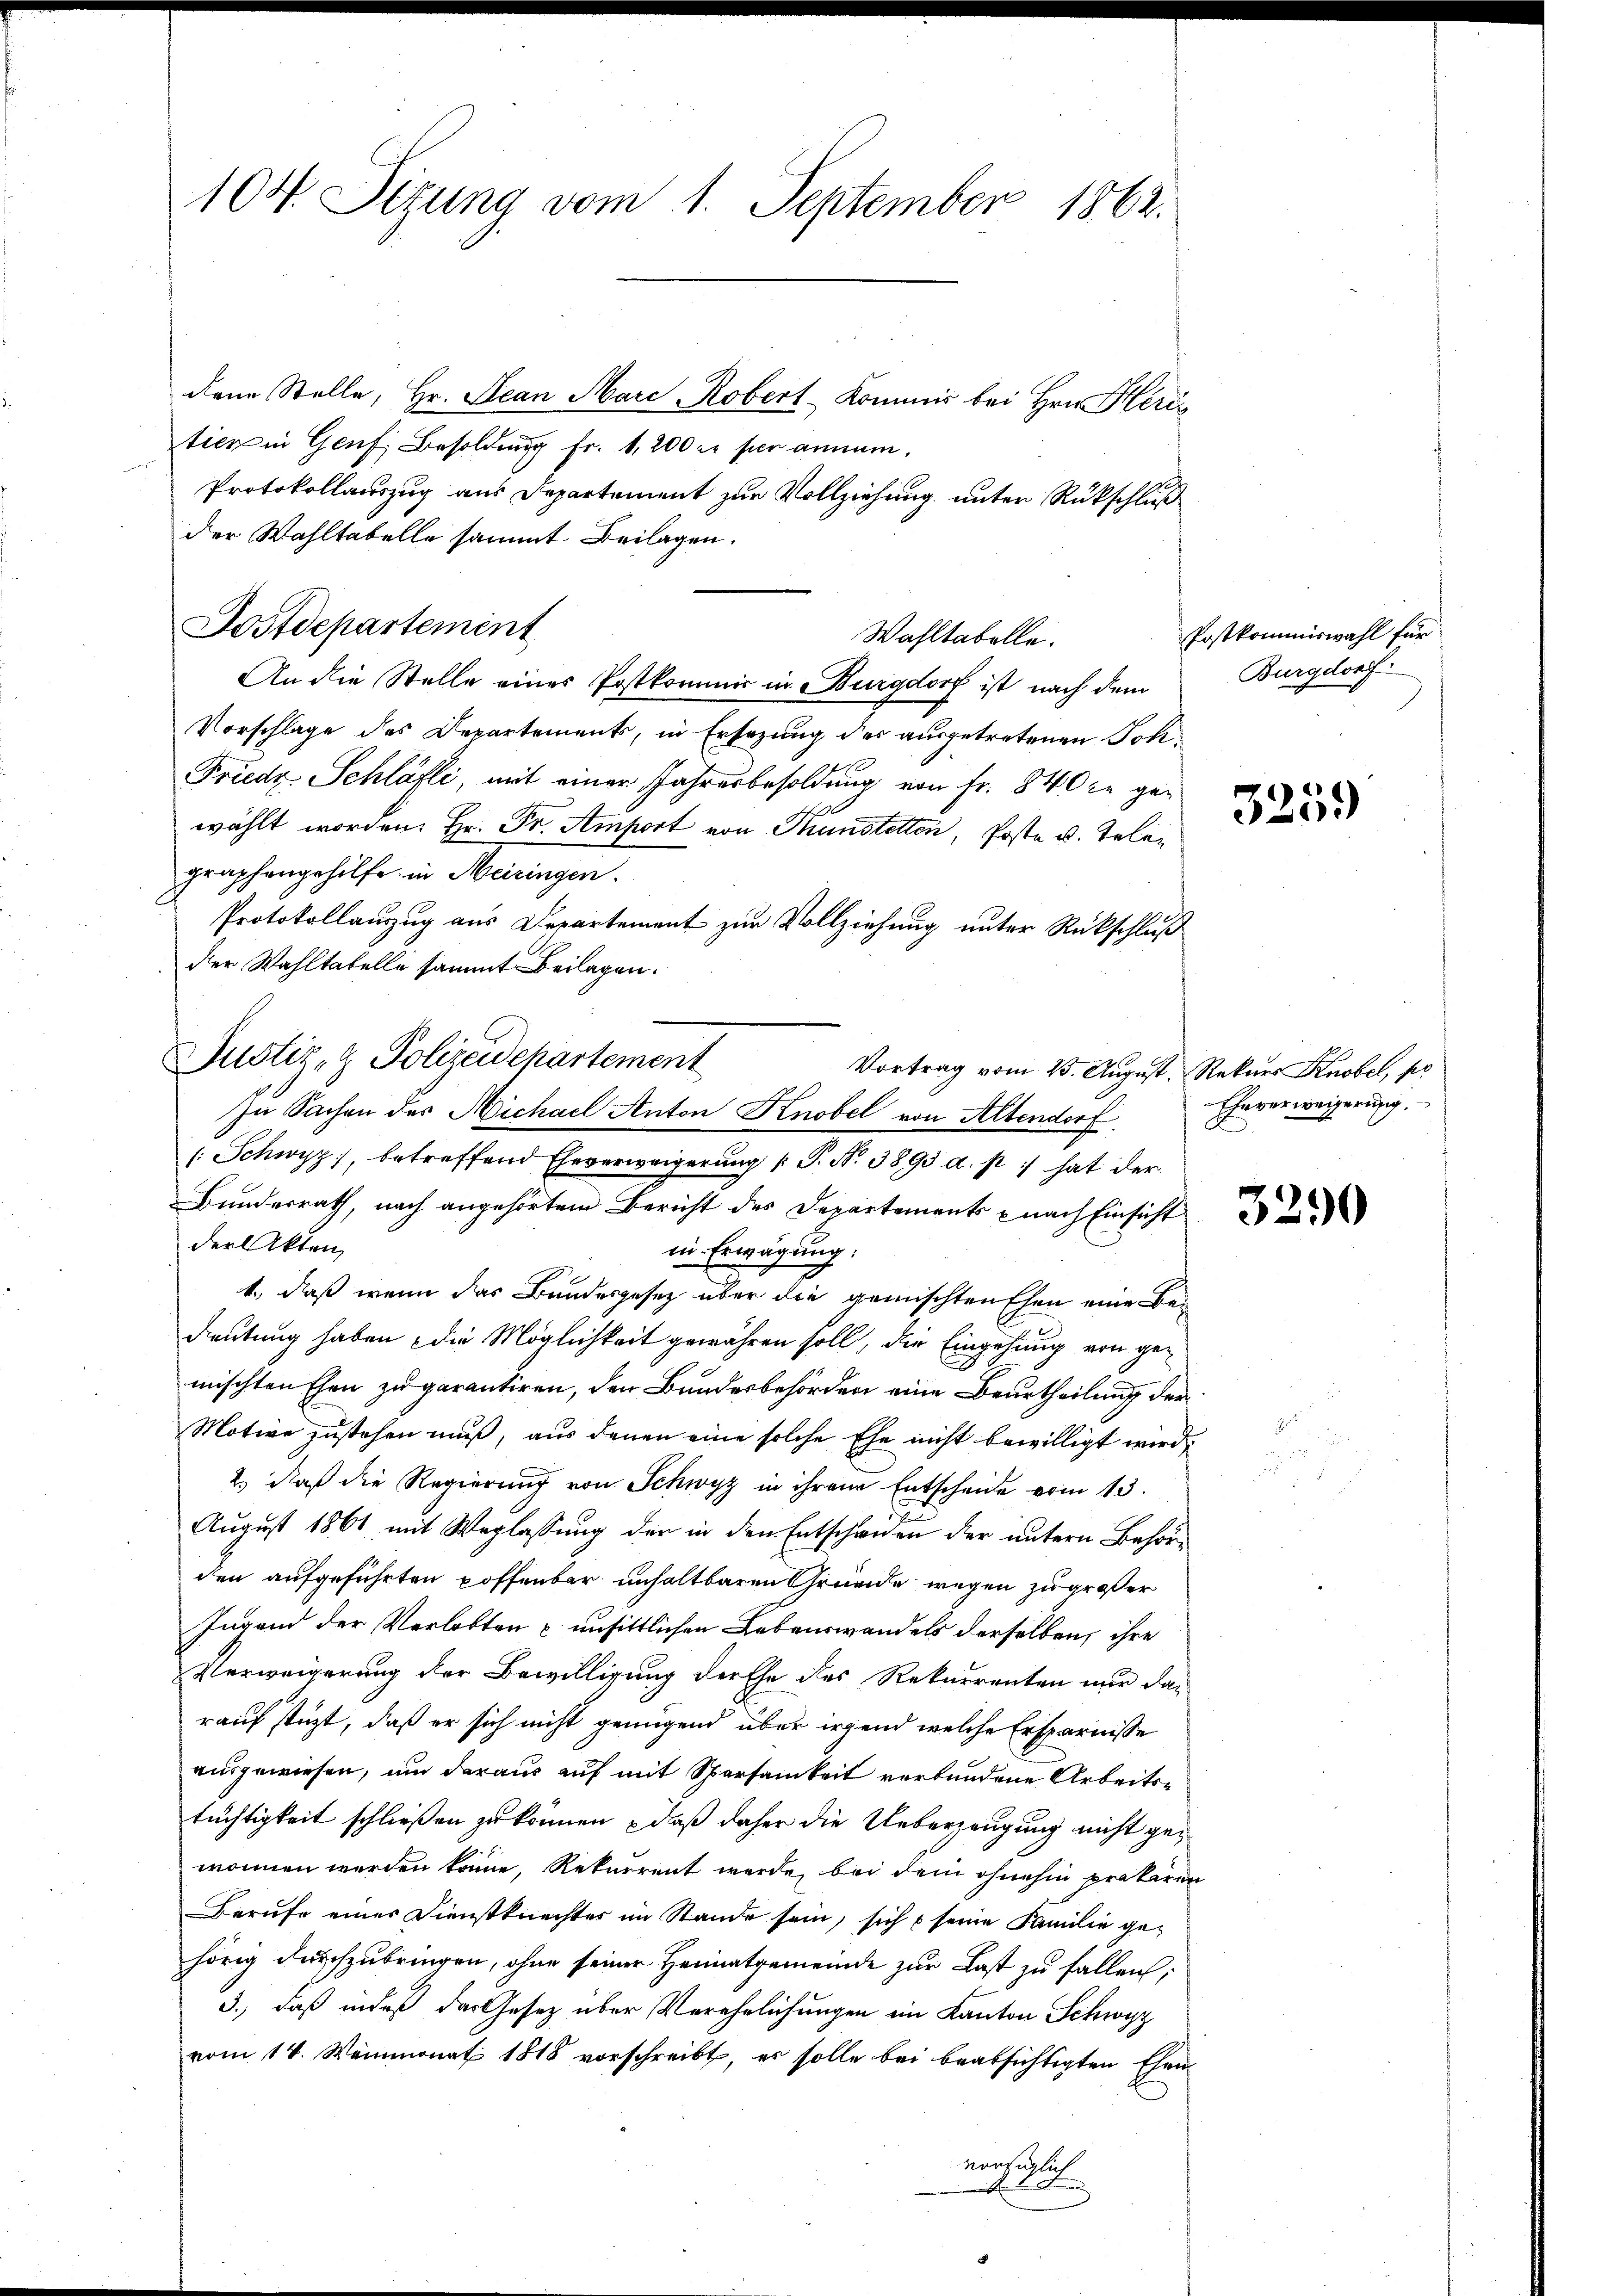
)
104. Sizung vom 1. September 1862.

dene Stelle, Hr. Scan Marc Robert-Kommis bei Hrn. Herin
tien in Genf Besoldung fr. 1,200 er per annam,
Protokollauszug aus Departement zur Vollziehung unter Rückschluß
der Wahltabelle sammt Beilagen.
Postdepartement
An die Stelle eines Postkommis in Burgdorf ist nach dem
Vorschlage des Departements, in Ersezung des ausgetretenen Joh¬
Friedr. Schläfli, mit einer Jahresbesoldung von Fr. 840 xr gewählt worden. Hr. Fr. Amport von Thunstetten, Poste u. Telegraphengehilfe in Meiringen.
Protokollauszug aus Departement zur Vollziehung unter Rückschluß
der Wahltatelle sammt Beilagen.
In Sachen des Michael Anton Knobel von Altendorf
(Schwyz, betreffend Eheverweigerŭng (T. N. 3893 a. p.) hat der
Bundesrath, nach angehörtem Bericht des Departements - nach Einsicht
der Akten,
in Erwägung:
1., daß wenn das Bundesgesetz über die gemischten Ehen eine Bedeutung haben die Möglichkeit gewähren soll, die Eingehung von gemischten Ehen zu garantiren, den Bundesbehörden eine Beurtheilung der
Motive zustehen muß, aus denen eine solche Ehe nicht bewilligt wird,
2.) Daß die Regierung von Schwyz in ihrem Entscheide vom 13.
August 1861 mit Weglassung der in den Entscheiden der untern Behörden aufgeführten poffenbar unhaltbaren Gründe wegen zu großer
Jugend der Verlobten u unsittlichen Lebenswandels derselben, ihre
Verweigerung der Bewilligung der Ehe des Rekurrenten nur dan
rauf stüzt, daß er sich nicht genügend über irgend welche Ersparnisse
ausgewiesen, um daraus auf mit Sparsamkeit verbundene Arbeitstüchtigkeit schließen zu können – daß daher die Ueberzeugung nicht gewonnen werden könne, Rekurrent werde, bei dem ohnehin prekären
Berufe einer Dienstknechter im Stande sein, sich & seine Familie gehörig durchzubringen, ohne seiner Heimatgemeinde zur Last zu fallen,
3., daß indeß das Gesetz über Verehrlichungen im Kanton Schwyz
vom 14. Weinmonat 1818 vorschreibt, es solle bei beabsichtigten Ehen
vorzüglich
 1.

Justiz- & Polizeidepartement

Wahltabelle.

Vortrag vom 25. August, Rekurs Knobel, po

Postkommiswahl für
Burgdorf

325.

Eheverweigerung.

3290